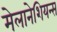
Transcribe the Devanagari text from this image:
मेलानेशियन्स